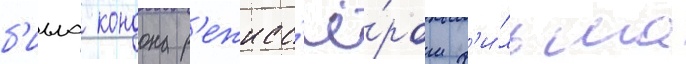
б'илла кондона р'ежисс'ё́ром ф'и́льма